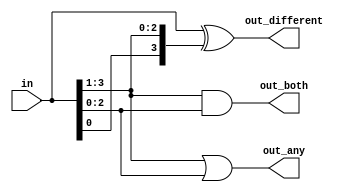
// Exercise 3-1-1-16: Gates and Vectors
module GatesNVec (
    input [3:0] in,
    output [2:0] out_both,
    output [3:1] out_any,
    output [3:0] out_different
);
    assign out_both = in[3:1] & in[2:0];
    assign out_any = in[3:1] | in[2:0];
    assign out_different = in ^ {in[0],in[3:1]}; // wrapping
endmodule